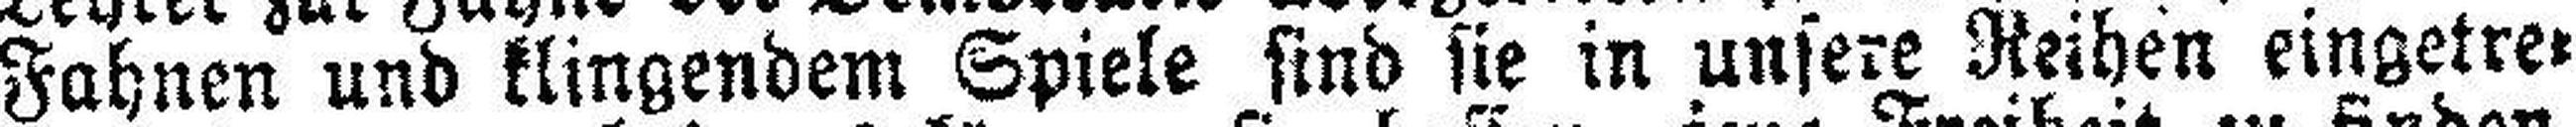
Fahnen und klingendem Spiele sind sie in unsere Reihen eingetre¬